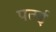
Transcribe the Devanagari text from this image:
पतई